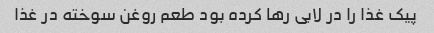
پیک غذا را در لابی رها کرده بود طعم روغن سوخته در غذا